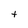
Character: t